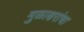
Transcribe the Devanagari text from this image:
मुळाक्षरांचा